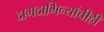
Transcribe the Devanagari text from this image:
दागदागिन्यांचीही